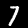
Digit: 7